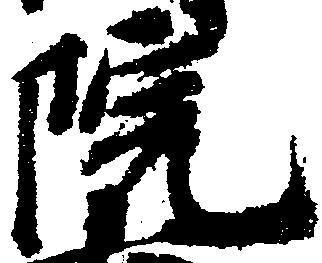
院